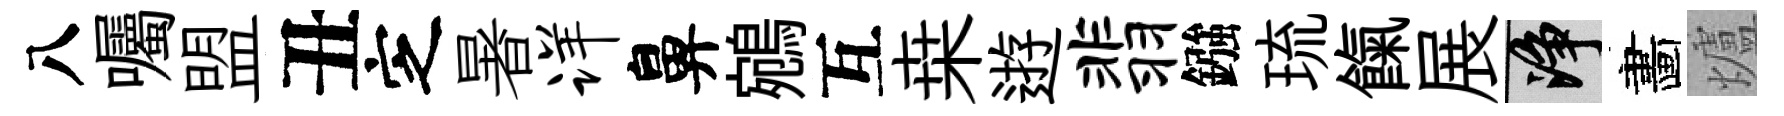
八囑盟丑㝎暑详鼻鵷互桒逰翡鏹琉餼展净畵爐